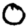
Digit: 0